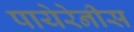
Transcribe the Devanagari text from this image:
पायेरेनीस